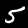
Digit: 5